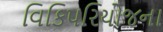
વિકિપરિયોજના